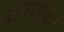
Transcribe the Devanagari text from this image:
कावडकर